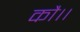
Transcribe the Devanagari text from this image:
कौ।।